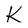
Character: K